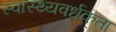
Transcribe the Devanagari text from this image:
स्वास्थ्यवर्धकता